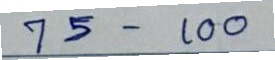
75 - 100